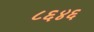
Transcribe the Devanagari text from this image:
८६४६